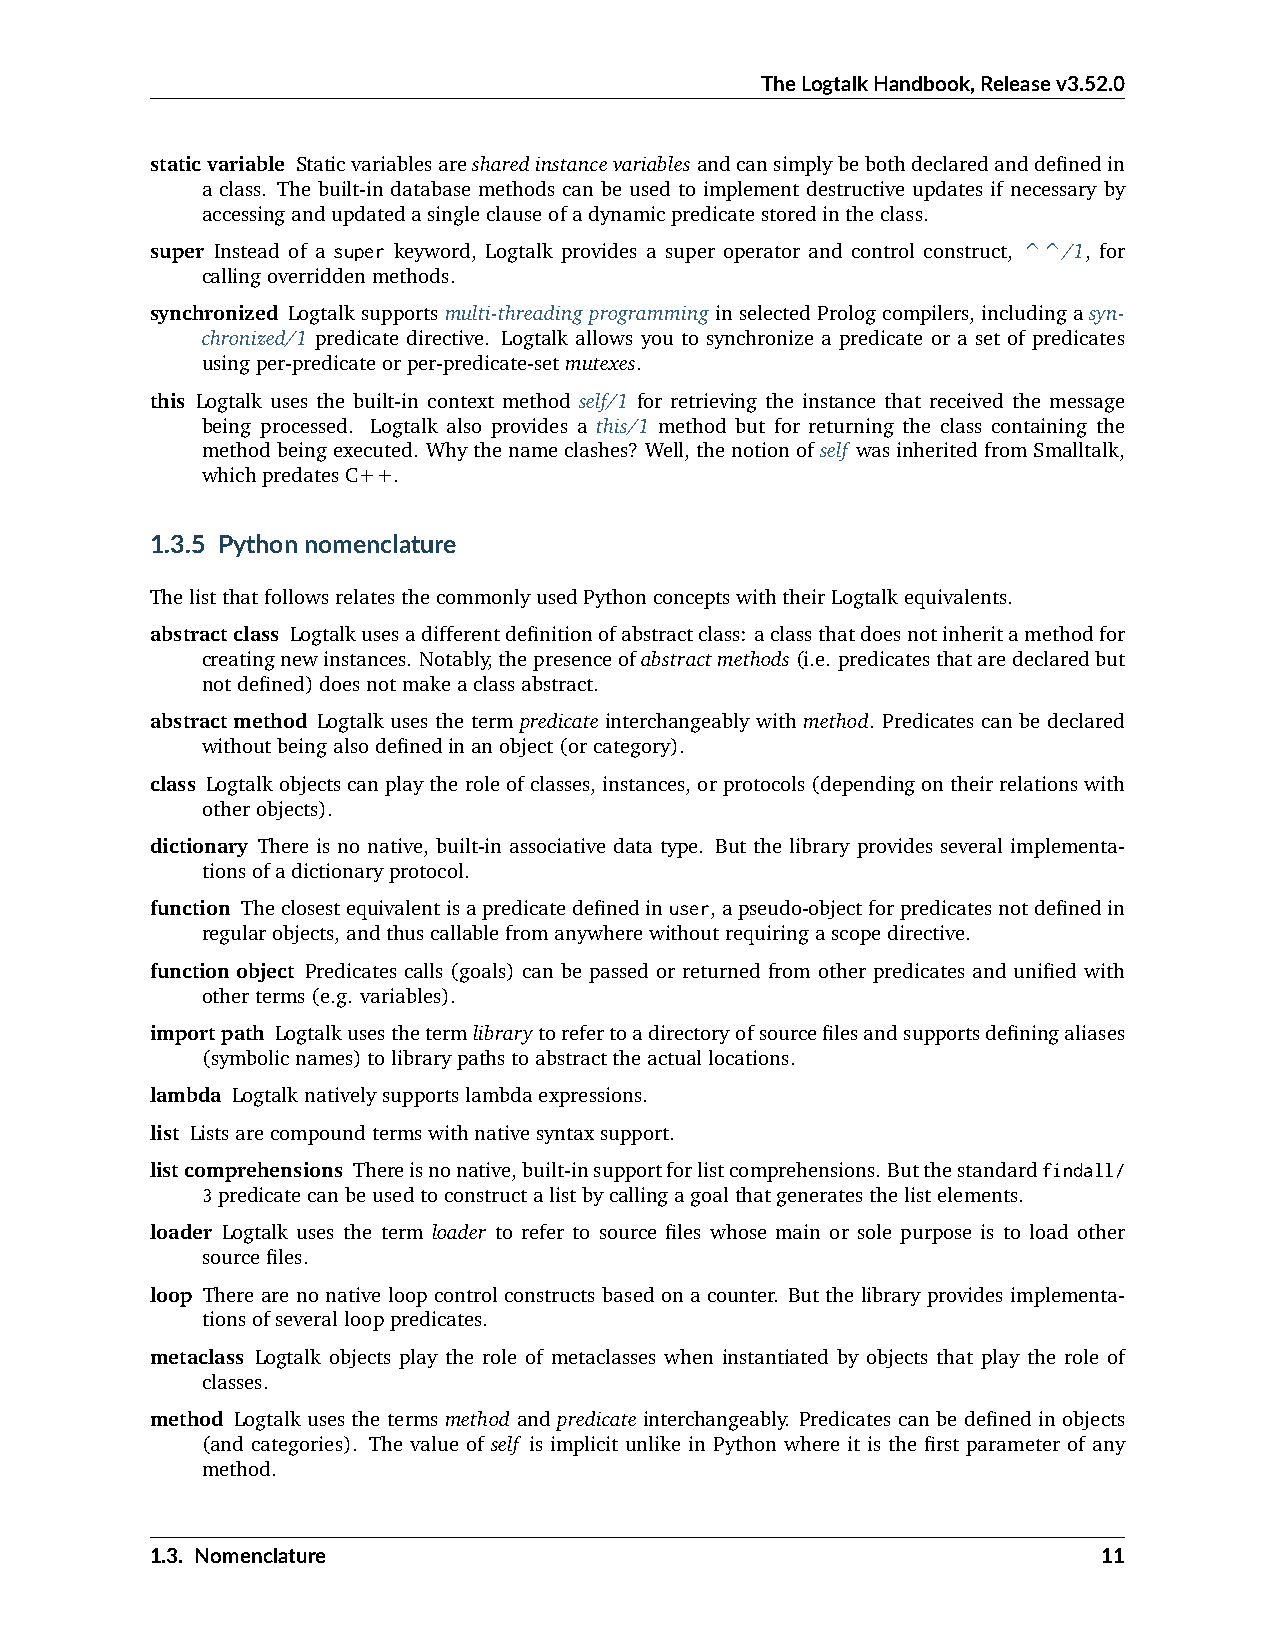
TheLogtalkHandbook,Releasev3.52.0
 staticvariable Staticvariablesaresharedinstancevariablesandcansimplybebothdeclaredanddefinedin
 a class. The built-in database methods can be used to implement destructive updates if necessary by
 accessingandupdatedasingleclauseofadynamicpredicatestoredintheclass.
 super Instead of a super keyword, Logtalk provides a super operator and control construct, ^^/1, for
 callingoverriddenmethods.
 synchronized Logtalksupportsmulti-threadingprogramminginselectedPrologcompilers,includingasyn-
 chronized/1 predicate directive. Logtalk allows you to synchronize a predicate or a set of predicates
 usingper-predicateorper-predicate-setmutexes.
 this Logtalk uses the built-in context method self/1 for retrieving the instance that received the message
 being processed. Logtalk also provides a this/1 method but for returning the class containing the
 methodbeingexecuted. Whythenameclashes? Well,thenotionofself wasinheritedfromSmalltalk,
 whichpredatesC++.
 1.3.5 Pythonnomenclature
 ThelistthatfollowsrelatesthecommonlyusedPythonconceptswiththeirLogtalkequivalents.
 abstractclass Logtalkusesadifferentdefinitionofabstractclass: aclassthatdoesnotinheritamethodfor
 creatingnewinstances. Notably,thepresenceofabstractmethods(i.e. predicatesthataredeclaredbut
 notdefined)doesnotmakeaclassabstract.
 abstractmethod Logtalk uses the term predicate interchangeably with method. Predicates can be declared
 withoutbeingalsodefinedinanobject(orcategory).
 class Logtalkobjectscanplaytheroleofclasses,instances,orprotocols(dependingontheirrelationswith
 otherobjects).
 dictionary There is no native, built-in associative data type. But the library provides several implementa-
 tionsofadictionaryprotocol.
 function Theclosestequivalentisapredicatedefinedinuser,apseudo-objectforpredicatesnotdefinedin
 regularobjects,andthuscallablefromanywherewithoutrequiringascopedirective.
 functionobject Predicates calls (goals) can be passed or returned from other predicates and unified with
 otherterms(e.g. variables).
 importpath Logtalkusesthetermlibrarytorefertoadirectoryofsourcefilesandsupportsdefiningaliases
 (symbolicnames)tolibrarypathstoabstracttheactuallocations.
 lambda Logtalknativelysupportslambdaexpressions.
 list Listsarecompoundtermswithnativesyntaxsupport.
 listcomprehensions Thereisnonative,built-insupportforlistcomprehensions. Butthestandardfindall/
 3predicatecanbeusedtoconstructalistbycallingagoalthatgeneratesthelistelements.
 loader Logtalk uses the term loader to refer to source files whose main or sole purpose is to load other
 sourcefiles.
 loop There are no native loop control constructs based on a counter. But the library provides implementa-
 tionsofseverallooppredicates.
 metaclass Logtalk objects play the role of metaclasses when instantiated by objects that play the role of
 classes.
 method Logtalk uses the terms method and predicate interchangeably. Predicates can be defined in objects
 (and categories). The value of self is implicit unlike in Python where it is the first parameter of any
 method.
 1.3. Nomenclature                                              11